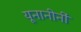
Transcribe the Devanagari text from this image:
यूनानीनीं